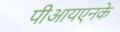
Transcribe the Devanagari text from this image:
पीआयएनके